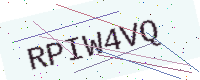
Text: RPIW4VQ